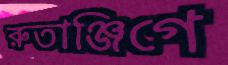
রুতাঞ্জিগে